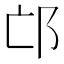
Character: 邙